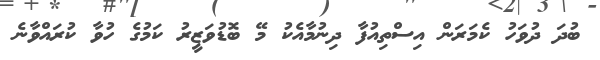
ބުދަ ދުވަހު ކެމަރަން އިސްތިއުފާ ދިނުމާއެކު މޭ ބޮޑުވަޒީރު ކަމުގެ ހުވާ ކުރައްވާނެ